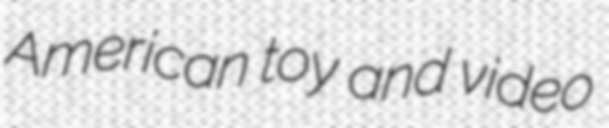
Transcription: American toy and video